Civil Veterinary Department. United Provinces 1912-22 - 1912-1922
Year: 1912
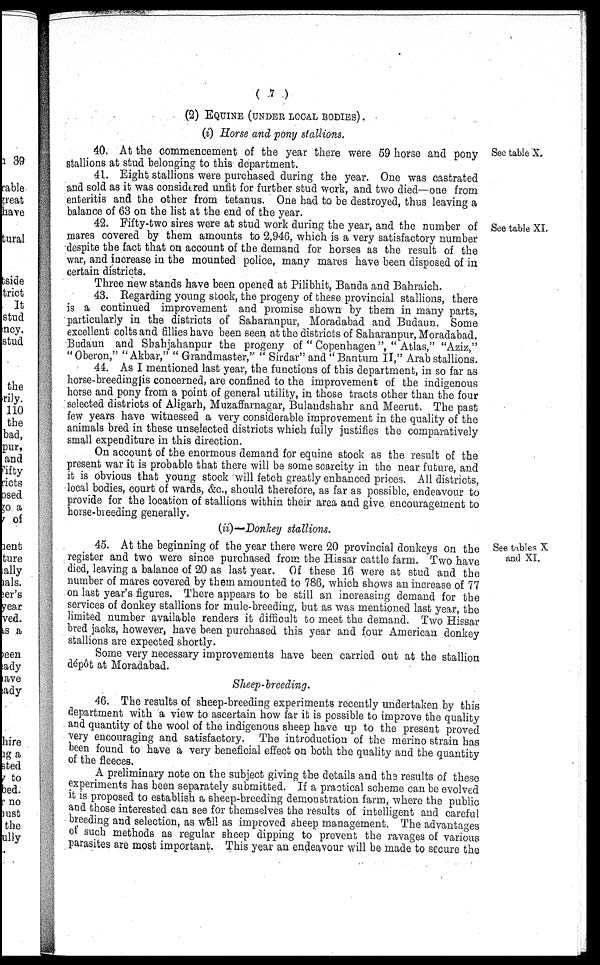
(7)
(2) EQUINE (UNDER LOCAL BODIES).
(i) Horse and pony stallions.
See table X.
40. At the commencement of the year there were 59 horse and pony
stallions at stud belonging to this department.
41. Eight stallions were purchased during the year. One was castrated
and sold as it was considered unfit for further stud work, and two died—one from
enteritis and the other from tetanus. One had to be destroyed, thus leaving a
balance of 63 on the list at the end of the year.
See table XI.
42. Fifty-two sires were at stud work during the year, and the number of
mares covered by them amounts to 2,946, which is a very satisfactory number
despite the fact that on account of the demand for horses as the result of the
war, and increase in the mounted police, many mares have been disposed of in
certain districts.
Three new stands have been opened at Pilibhit, Banda and Bahraich.
43. Regarding young stock, the progeny of these provincial stallions, there
is a continued improvement and promise shown by them in many parts,
particularly in the districts of Saharanpur, Moradabad and Budaun. Some
excellent colts and fillies have been seen at the districts of Saharanpur, Moradabad,
Budaun and Shahjahanpur the progeny of "Copenhagen", "Atlas," "Aziz,"
"Oberon," "Akbar," "Grandmaster," "Sirdar" and "Bantum II," Arab stallions.
44. As I mentioned last year, the functions of this department, in so far as
horse-breeding is concerned, are confined to the improvement of the indigenous
horse and pony from a point of general utility, in those tracts other than the four
selected districts of Aligarh, Muzaffarnagar, Bulandshahr and Meerut. The past
few years have witnessed a very considerable improvement in the quality of the
animals bred in these unselected districts which fully justifies the comparatively
small expenditure in this direction.
On account of the enormous demand for equine stock as the result of the
present war it is probable that there will be some scarcity in the near future, and
it is obvious that young stock will fetch greatly enhanced prices. All districts,
local bodies, court of wards, &c., should therefore, as far as possible, endeavour to
provide for the location of stallions within their area and give encouragement to
horse-breeding generally.
(ii)-Donhey stallions.
See tables X
and XI.
45. At the beginning of the year there were 20 provincial donkeys on the
register and two were since purchased from the Hissar cattle farm. Two have
died, leaving a balance of 20 as last year. Of these 16 were at stud and the
number of mares covered by them amounted to 786, which shows an increase of 77
on last year's figures. There appears to be still an increasing demand for the
services of donkey stallions for mule-breeding, but as was mentioned last year, the
limited number available renders it difficult to meet the demand. Two Hissar
bred jacks, however, have been purchased this year and four American donkey
stallions are expected shortly.
Some very necessary improvements have been carried out at the stallion
dépôt at Moradabad.
Sheep-breeding.
46. The results of sheep-breeding experiments recently undertaken by this
department with a view to ascertain how far it is possible to improve the quality
and quantity of the wool of the indigenous sheep have up to the present proved
very encouraging and satisfactory. The introduction of the merino strain has
been found to have a very beneficial effect on both the quality and the quantity
of the fleeces.
A preliminary note on the subject giving the details and the results of these
experiments has been separately submitted. If a practical scheme can be evolved
it is proposed to establish a sheep-breeding demonstration farm, where the public
and those interested can see for themselves the results of intelligent and careful
breeding and selection, as well as improved sheep management. The advantages
of such methods as regular sheep dipping to prevent the ravages of various
parasites are most important. This year an endeavour will be made to secure the